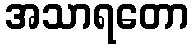
အသာရတော